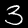
Label: 3